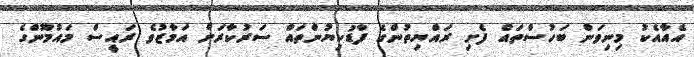
އެއާއެކު މިނިވަން ބަހުސްތައް ފެށި ރައްޔިތުންގެ ފާޑުކިޔުންތައް ސަރުކާރަށް އަމާޒުވެ ރައީސް މައުމޫންގެ